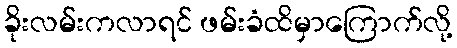
ခိုးလမ်းကလာရင် ဖမ်းခံထိမှာကြောက်လို့